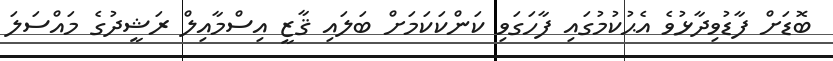
ބޮޑަށް ފާޑުވިދާޅުވެ އެޙުކުމުގައި ފާހަގަވި ކަންކަކަމަށް ބަލައި ޤާޒީ އިސްމާއިލް ރަޝީދުގެ މައްސަލަ